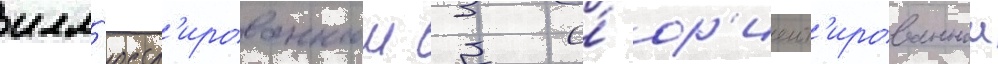
илл'юстр'ированнои 3 и́ ор'иент'ированнои